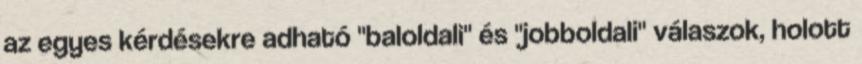
az egyes kérdésekre adható "baloldali" és "jobboldali" válaszok, holott